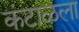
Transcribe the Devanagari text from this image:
कंटाळला